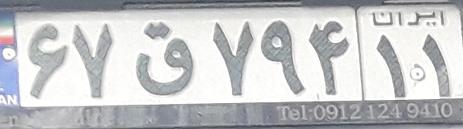
۶۷ق۷۹۴۱۱